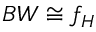
B W \cong f _ { H }